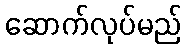
ဆောက်လုပ်မည်